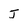
Character: J